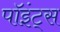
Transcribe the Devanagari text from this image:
पॉइंट्‌स